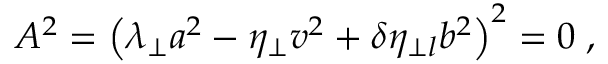
A ^ { 2 } = \left( \lambda _ { \perp } a ^ { 2 } - \eta _ { \perp } v ^ { 2 } + \delta \eta _ { \perp l } b ^ { 2 } \right) ^ { 2 } = 0 \; ,